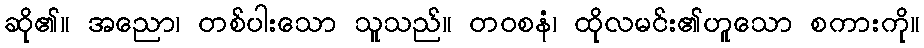
ဆို၏။ အညော၊ တစ်ပါးသော သူသည်။ တဝစနံ၊ ထိုလမင်း၏ဟူသော စကားကို။